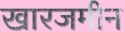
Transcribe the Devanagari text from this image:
खारजमीन